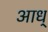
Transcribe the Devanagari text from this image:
आध्